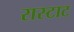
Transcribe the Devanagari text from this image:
रास्टाट